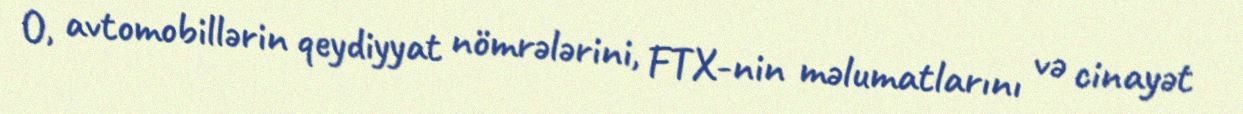
O, avtomobillərin qeydiyyat nömrələrini, FTX-nin məlumatlarını və cinayət